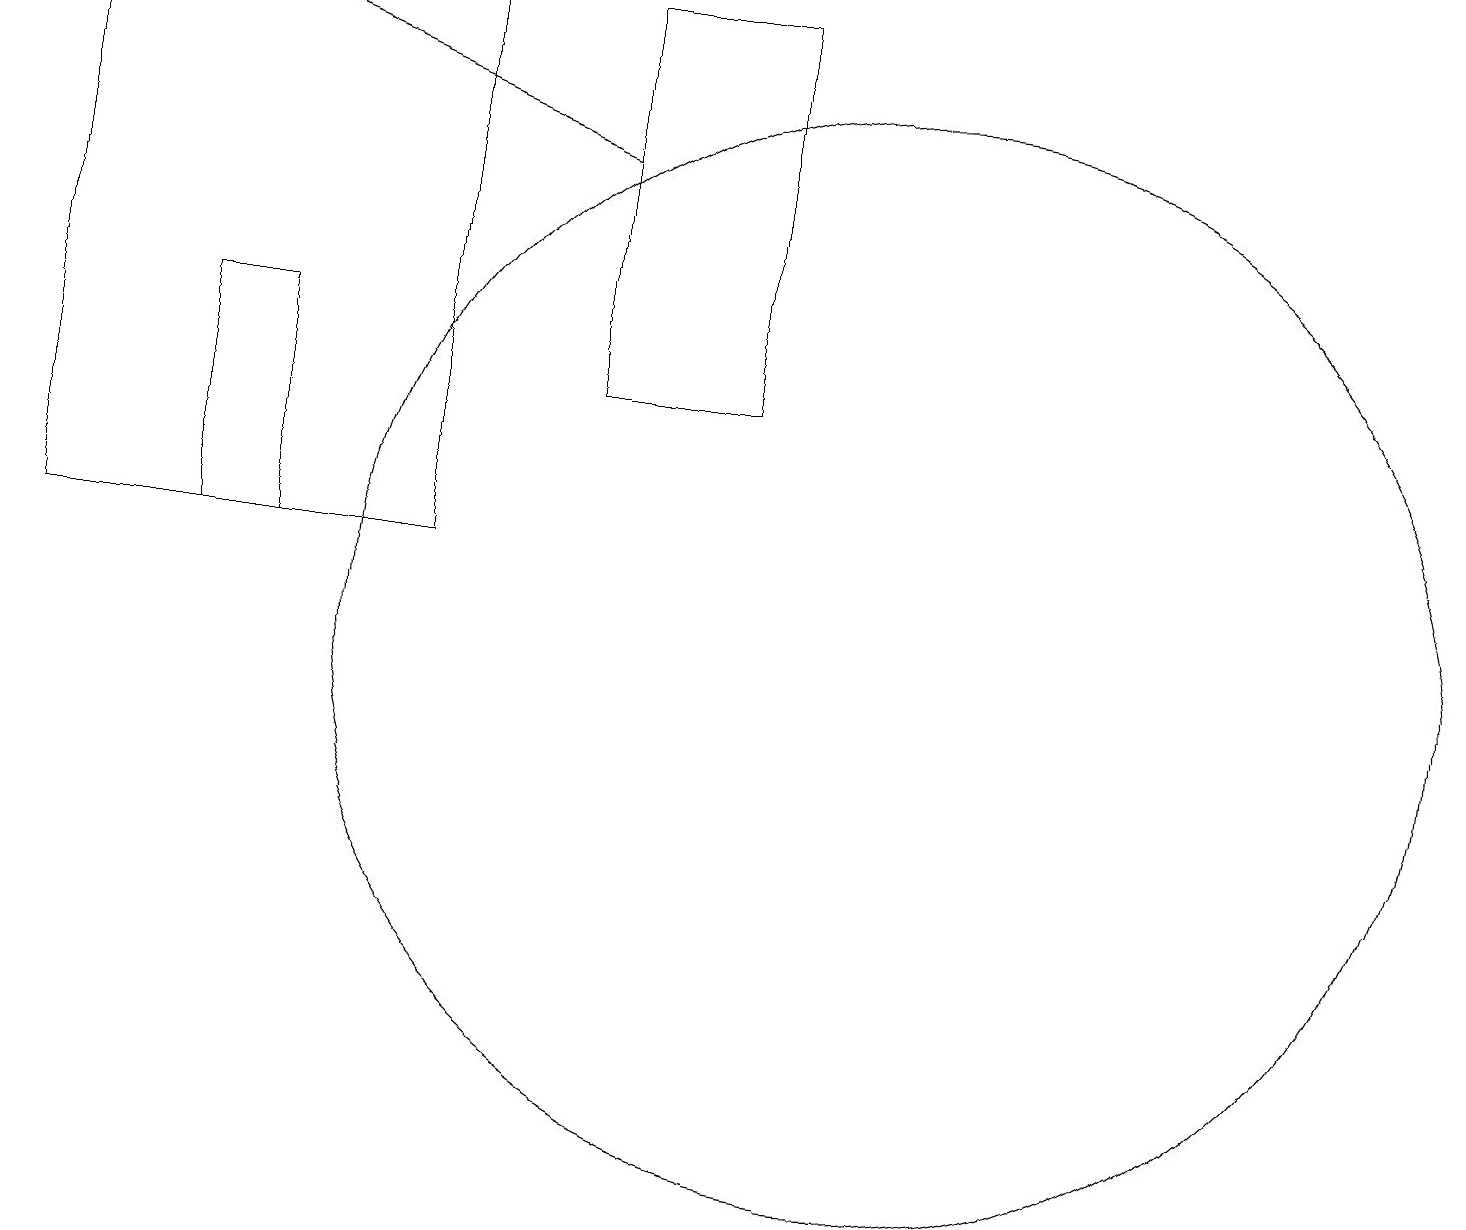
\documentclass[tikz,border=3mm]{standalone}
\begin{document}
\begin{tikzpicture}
\draw (3,11) rectangle (2,14);
\draw[->] (7,16) -- (2,18);
\draw (11,10) circle (7);
\draw (5,18) rectangle (0,11);
\draw (7,13) rectangle (9,18);
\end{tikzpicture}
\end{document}